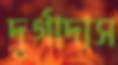
দূর্গাদাস